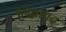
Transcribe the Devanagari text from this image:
लिब्रताद